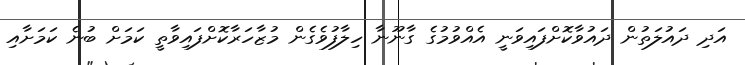
އަދި ދައުލަތުން ދައުވާކޮށްފައިވަނީ އެއްވުމުގެ ގާނޫނާ ހިލާފުވެގެން މުޒާހަރާކޮށްފައިވާތީ ކަމަށް ބުނެ ކަމަށާއި